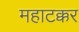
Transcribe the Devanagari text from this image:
महाटक्कर